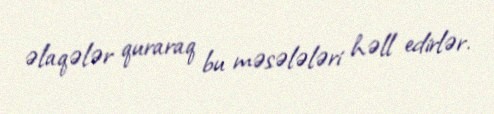
əlaqələr quraraq bu məsələləri həll edirlər.